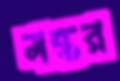
মন্তর